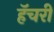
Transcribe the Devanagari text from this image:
हॅचरी